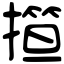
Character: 𢴈